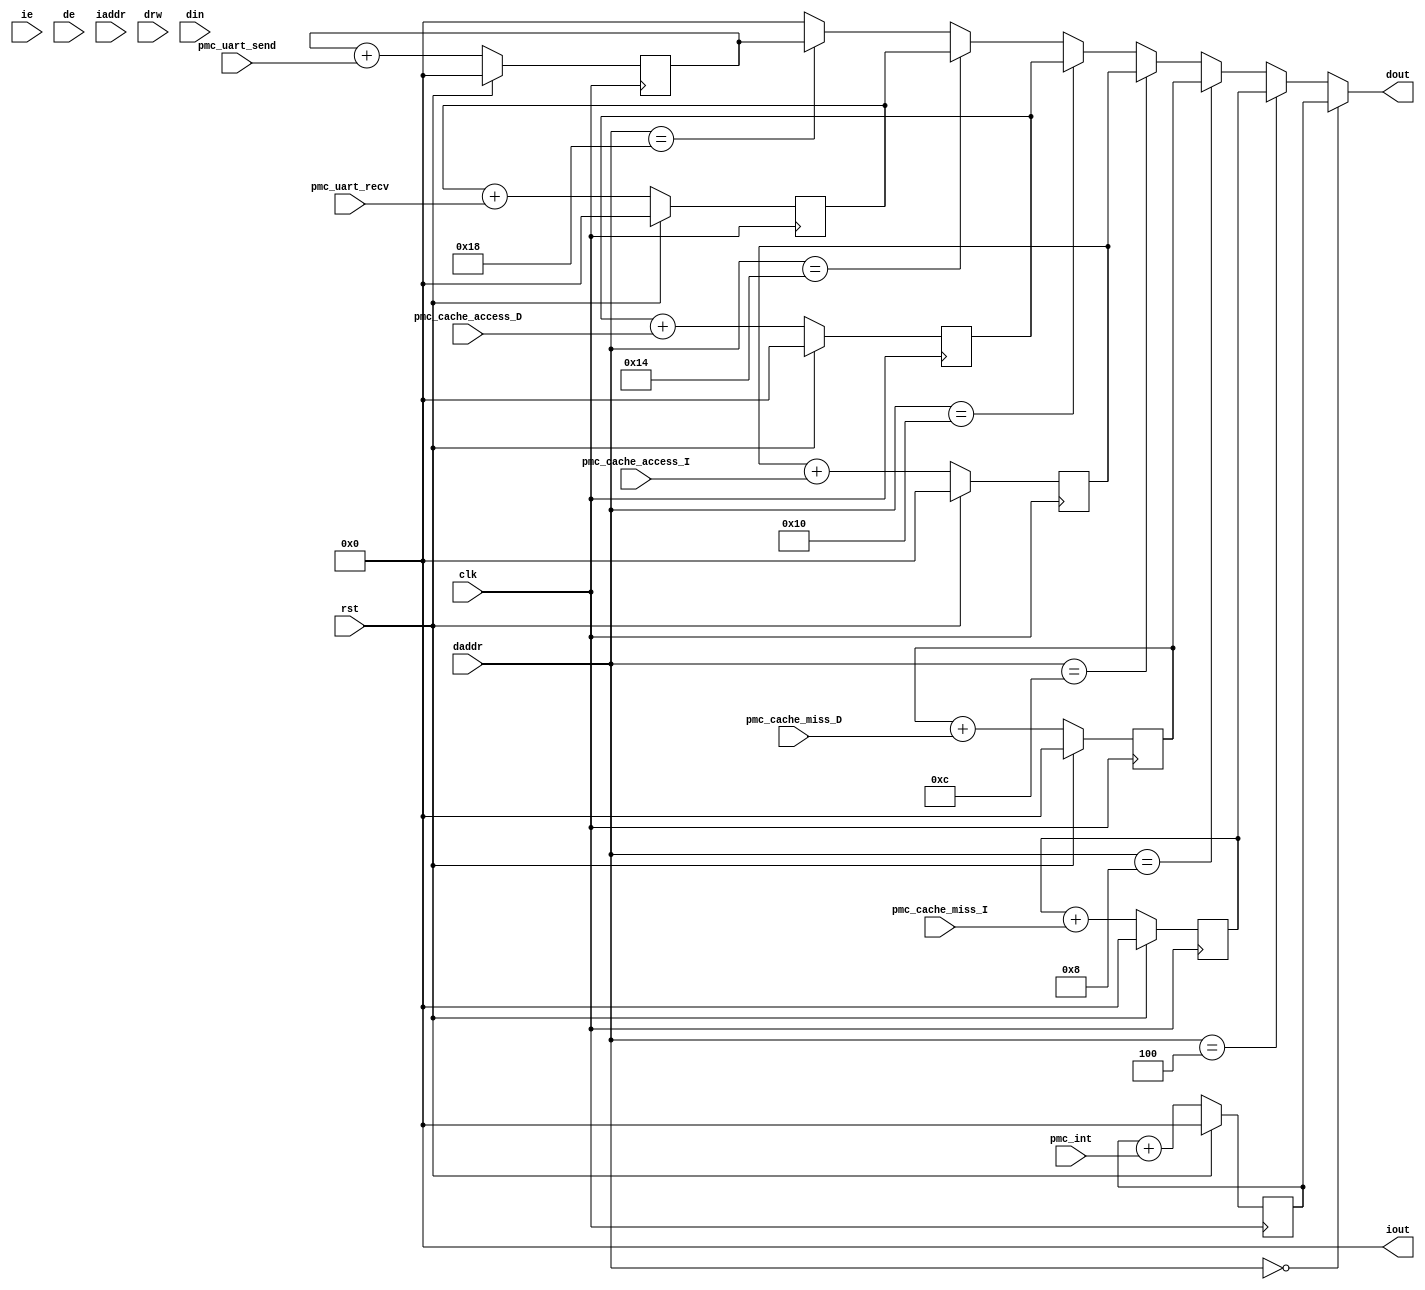
module mod_pmc(rst, clk, ie, de, iaddr, daddr, drw, din, iout, dout, pmc_int, pmc_cache_miss_I, pmc_cache_miss_D, pmc_cache_access_I, pmc_cache_access_D, pmc_uart_recv, pmc_uart_send);
        input rst;
        input clk;
        input ie,de;
        input [31:0] iaddr, daddr;
        input [1:0] drw;
        input [31:0] din;
        output [31:0] iout, dout;
	input pmc_int, pmc_cache_miss_I, pmc_cache_miss_D, pmc_cache_access_I, pmc_cache_access_D, pmc_uart_recv, pmc_uart_send;
	reg [31:0] count_int;
	reg [31:0] count_cache_miss_I;
	reg [31:0] count_cache_miss_D;
	reg [31:0] count_cache_access_I;
	reg [31:0] count_cache_access_D;
	reg [31:0] count_uart_recv;
	reg [31:0] count_uart_send;
	assign iout = 0;
	assign dout = 
		daddr == 32'h00000000 ? count_int :
		daddr == 32'h00000004 ? count_cache_miss_I :
		daddr == 32'h00000008 ? count_cache_miss_D :
		daddr == 32'h0000000c ? count_cache_access_I : 
		daddr == 32'h00000010 ? count_cache_access_D :
		daddr == 32'h00000014 ? count_uart_recv : 
		daddr == 32'h00000018 ? count_uart_send : 0;
	always @(negedge clk) begin
		if (rst) begin
			count_int <= 0;
			count_cache_miss_I <= 0;
			count_cache_miss_D <= 0;
			count_cache_access_I <= 0;
			count_cache_access_D <= 0;
			count_uart_recv <= 0;
			count_uart_send <= 0;
		end else begin
			count_int <= count_int + pmc_int;
			count_cache_miss_I <= count_cache_miss_I + pmc_cache_miss_I;
			count_cache_miss_D <= count_cache_miss_D + pmc_cache_miss_D;
			count_cache_access_I <= count_cache_access_I + pmc_cache_access_I;
			count_cache_access_D <= count_cache_access_D + pmc_cache_access_D;
			count_uart_recv <= count_uart_recv + pmc_uart_recv;
			count_uart_send <= count_uart_send + pmc_uart_send;
		end
	end
endmodule